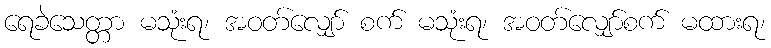
ရေခဲသေတ္တာ မသုံးရ၊ အဝတ်လျှော် စက် မသုံးရ၊ အဝတ်လျှော်စက် မထားရ၊